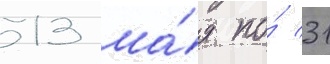
13 ма́я по́ 31